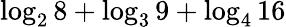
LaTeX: \log_{2}8+\log_{3}9+\log_{4}16